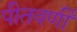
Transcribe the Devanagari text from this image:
पीतवर्णी